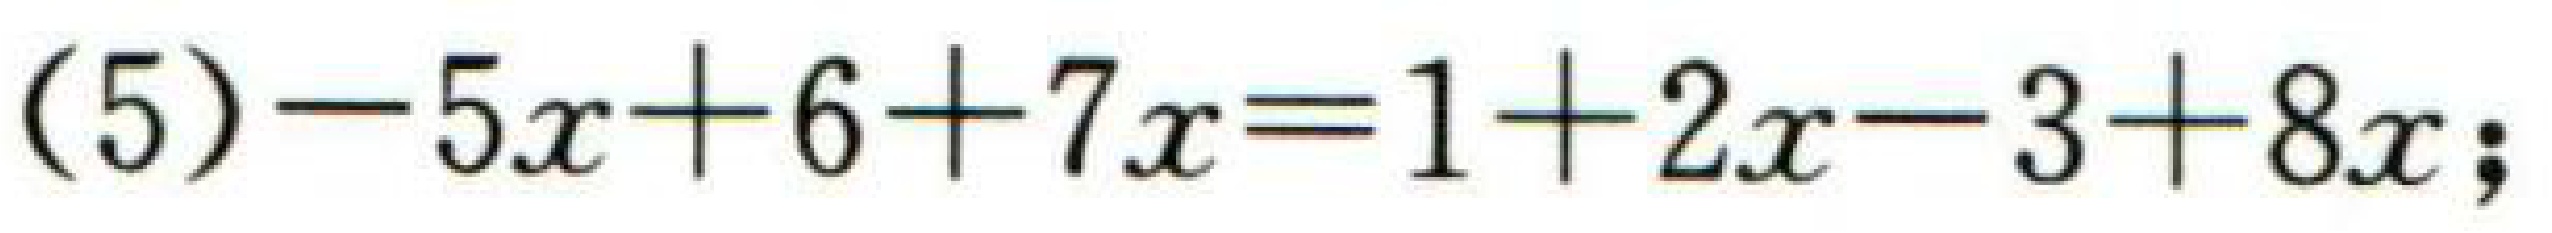
(5)$-5x + 6+7x = 1 + 2x-3 + 8x$;